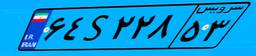
۶۴S۲۲۸۵۳